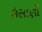
ઉસાણી